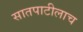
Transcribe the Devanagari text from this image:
सातपाटीलाच